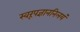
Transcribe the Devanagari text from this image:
स्वरूपज्ञाननिलयं